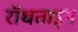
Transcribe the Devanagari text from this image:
रॉधताइन